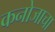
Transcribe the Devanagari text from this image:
कनोजाचा